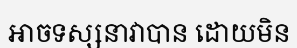
អាចទស្សនាវាបាន ដោយមិន